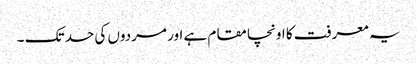
یہ معرفت کا اونچا مقام ہے اور مردوں کی حد تک ۔